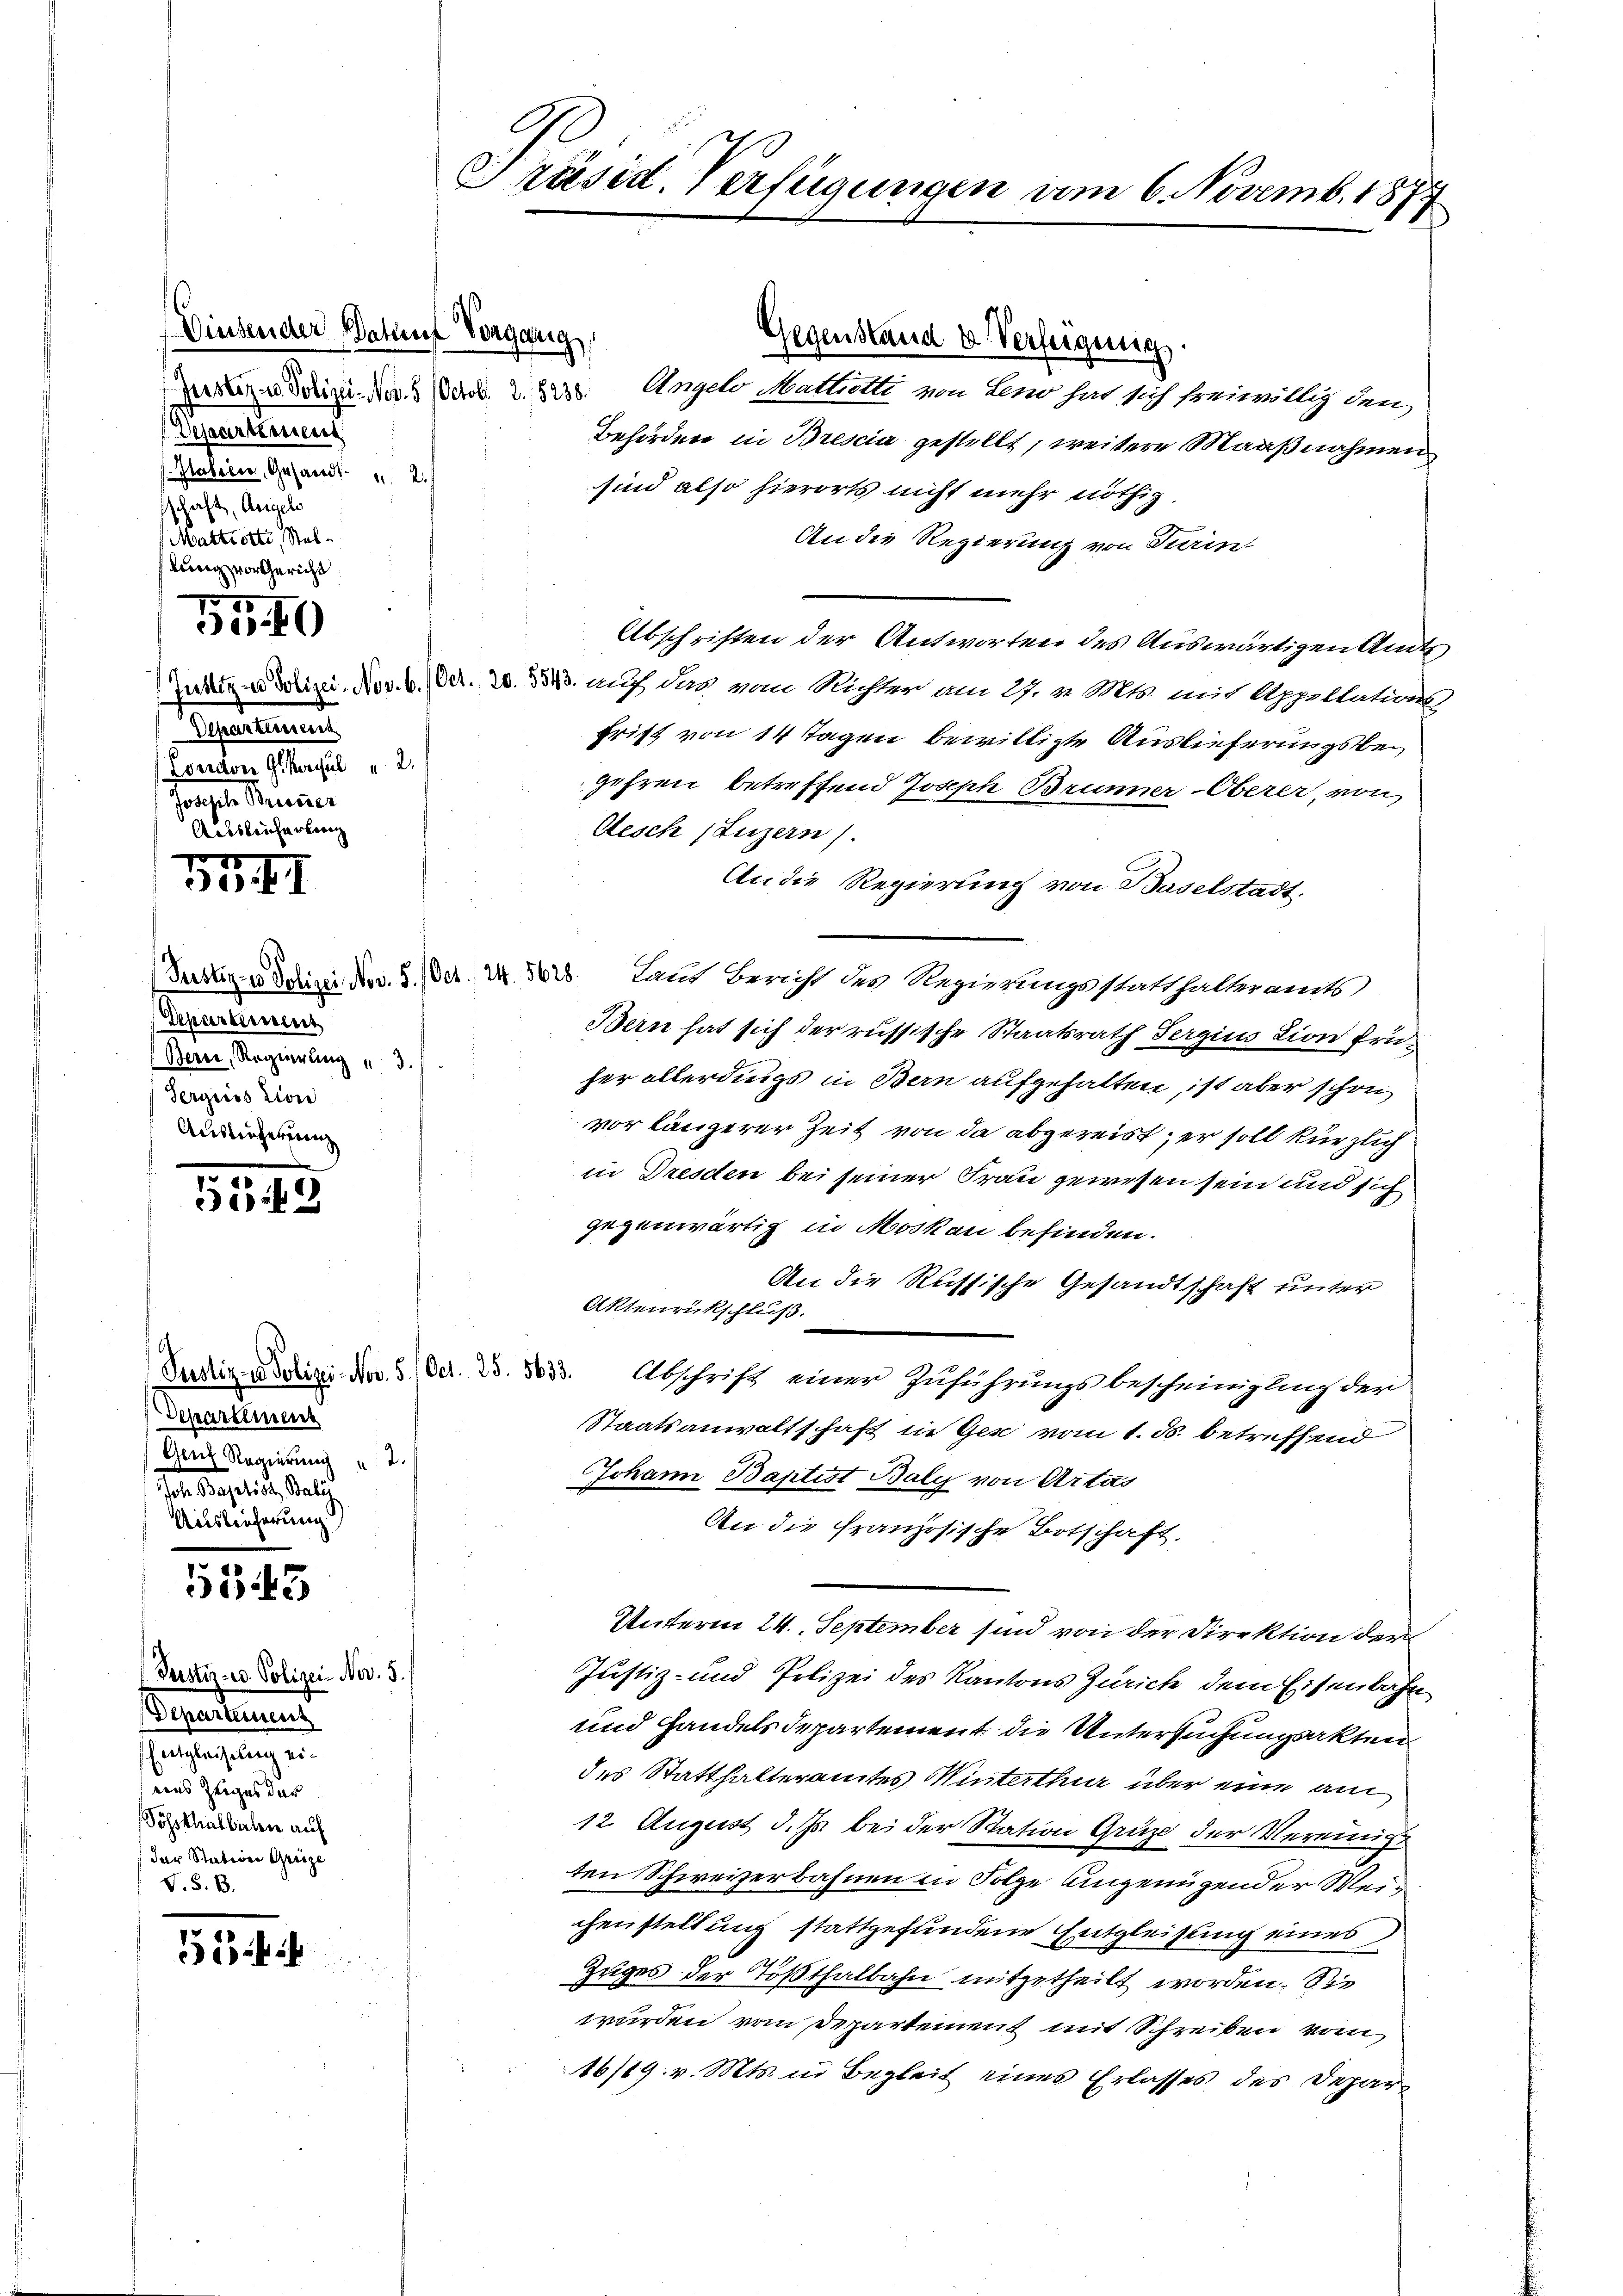
Departement
Italiers, Gesandt.  2.
sschaft, Angelö
Mattrotti, Stellung vor Gericht

155

33, 41

.
33

5343

554if

)

Separtement
Loridor G. Konsul " 2
Pargele Steuer
Allsleicherlang

Diesender Darauf Vorgang

Departement
Berce, Regierung " 3.
Sergnission
Auslieferung

Justiz- u. Polizei. Nov. 5. Oct. 25. 5633.
Departement
Genz Regierung u. 2.
Telegalis, Satz
Ausleicherung

(Justiz- u. Polizei- Nov. 5.
Departinen
sanstag angen
ains zeiges der
Vohsthalbahn auf
der Station Greize
V. S. B.

Präsid. Verfügungen vom 6. Novemb. 181
h

Bruderize No. 5. Octob. 2. 8238. Angelo Mattiette von Leno hat sich freiwillig den
Behörden in Brescia gestellt, weitere Maaßnahmen
sind also hierorts nicht mehr nöthig.
An die Regierung von Turin-
Abschriften der Antworten des Auswärtigen Amts¬
Justiz & Polizei, Nov. 6. Oct. 20. 5343. auf das vom Richter am 27. v. Mts. mit Appellations-
frist von 14 Tagen bewilligte Auslieferungsbegehren betreffend Joseph Brunner-Oberer, von
Aesch (Luzern).
An die Regierung von Baselstadt.
Justiz- & Schirei. Nov. 8. Oct. W. 3628. Laut Bericht des Regierungsstatthalteramts
Bern hat sich der russische Staatsrath Sergius Lion früher allerdings in Bern aufgehalten, ist aber schon
vor längerer Zeit von da abgereist; er soll kürzlich
in Dresden bei seiner Frau gewesen sein und sich
gegenwärtig in Moskau befinden.
An die Russische Gesandtschaft unter
Aktenrückschluß.
Abschrift einer Zuführungsbescheinigung der
Staatsanwaltschaft in Ges vom 1. ds. betreffend
Johann Baptist Baly von Artas
An die französische Botschaft,
Unterm 24. September sind von der Direktion der
Justiz- und Polizei des Kantons Zürich dem Eisenbahn
und Handels Departement die Untersuchungsakten
des Statthalteramtes Winterthur über eine am
12. August d. Js. bei der Station Gruze der Vereinige
ten Schweizerbahnen in Folge ungenügender Weichenstellung stattgefundene Entgleichung eines
Zuges der Tößthalbahn mitzutheilt worden. Sie
wurden vom Departement mit Schreiben vom
16/19. v. Mts. in Begleit eines Erlasses des Depar¬

Gegenstand u Verfügung.